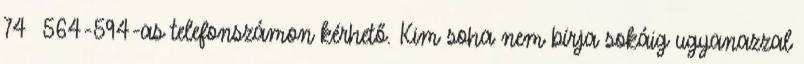
74 564-594-as telefonszámon kérhető. Kim soha nem bírja sokáig ugyanazzal